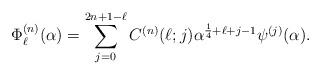
LaTeX: \begin{align*}\Phi^{(n)}_{\ell}(\alpha)=\sum_{j=0}^{2n+1-\ell}C^{(n)}(\ell;j)\alpha^{\frac{1}{4}+\ell+j-1}\psi^{(j)}(\alpha).\end{align*}